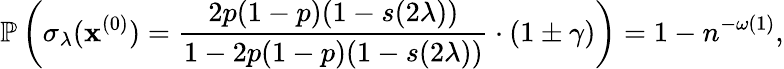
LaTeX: \mathbb{P}\left(\sigma_{\lambda}(\mathbf{x}^{(0)})=\frac{2p(1-p)(1-{s(2\lambda)})}{1-2p(1-p)(1-{s(2\lambda)})}\cdot(1\pm\gamma)\right)=1-n^{-\omega(1)},